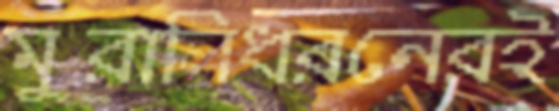
মুরালিধরনেরই